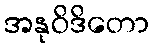
အနုဝိဒိတော